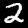
Label: 2